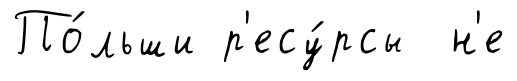
По́льши р'есу́рсы н'е